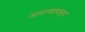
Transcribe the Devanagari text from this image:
जमान्यापासून